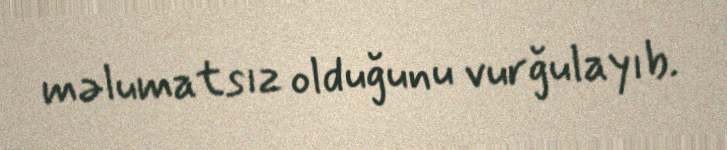
məlumatsız olduğunu vurğulayıb.